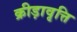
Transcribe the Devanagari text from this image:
क्रीड़ावृत्ति